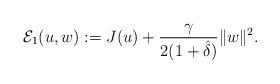
LaTeX: \begin{align*}{\mathcal{E}}_{1}(u,w):=J(u)+\frac{\gamma }{2(1+\hat{\delta })}\|w\|^{2}.\end{align*}